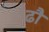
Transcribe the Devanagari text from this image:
ढौ